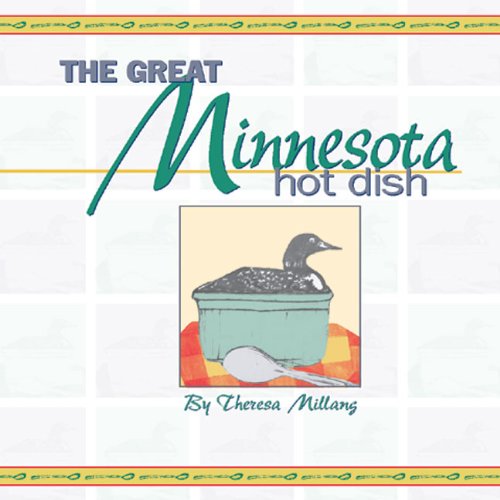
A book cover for The Great Minnesota Hot Dish; Theresa Millang; Cookbooks, Food & Wine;